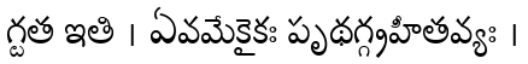
గ్టత ఇతి । ఏవమేకైకః పృథగ్గ్రహీతవ్యః ।